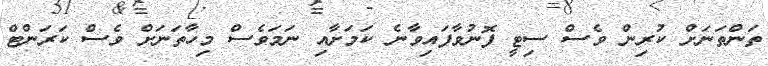
ތަންތަނަށް ކުރިން ވެސް ސިޓީ ފޮނުވާފައިވާނެ ކަމަށާއި ނަމަވެސް މިހާތަނަށް ވެސް ކަރަންޓް